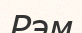
Рэм